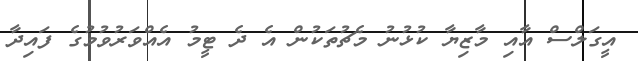
އީގަލްސް އާއި މާޒިޔާ ކުޅުނު މެޗުތަކުން އެ ދެ ޓީމު އެއްވަރުވުމުގެ ފައިދާ